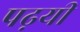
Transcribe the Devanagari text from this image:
पढ़यी